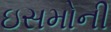
ઇસમોની